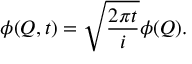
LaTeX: \phi ( Q , t ) = \sqrt { { \frac { 2 \pi t } { i } } } \phi ( Q ) .